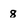
Character: 8